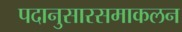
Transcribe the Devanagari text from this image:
पदानुसारसमाकलन